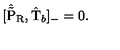
[ \hat { \tilde { \mathrm { P } } } _ { \mathrm { R } } , \hat { \mathrm { T } } _ { b } ] _ { - } = 0 .